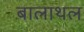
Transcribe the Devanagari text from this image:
बालाथल